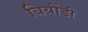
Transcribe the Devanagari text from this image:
बियोंडी